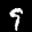
Label: 9